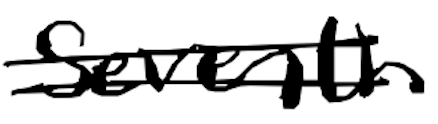
Text: seventh
Cross-out: double-line
Writing tool: digital_black